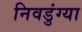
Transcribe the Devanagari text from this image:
निवडुंग्या